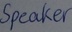
Text: Speaker